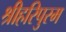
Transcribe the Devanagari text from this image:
श्रीहरिपुरम